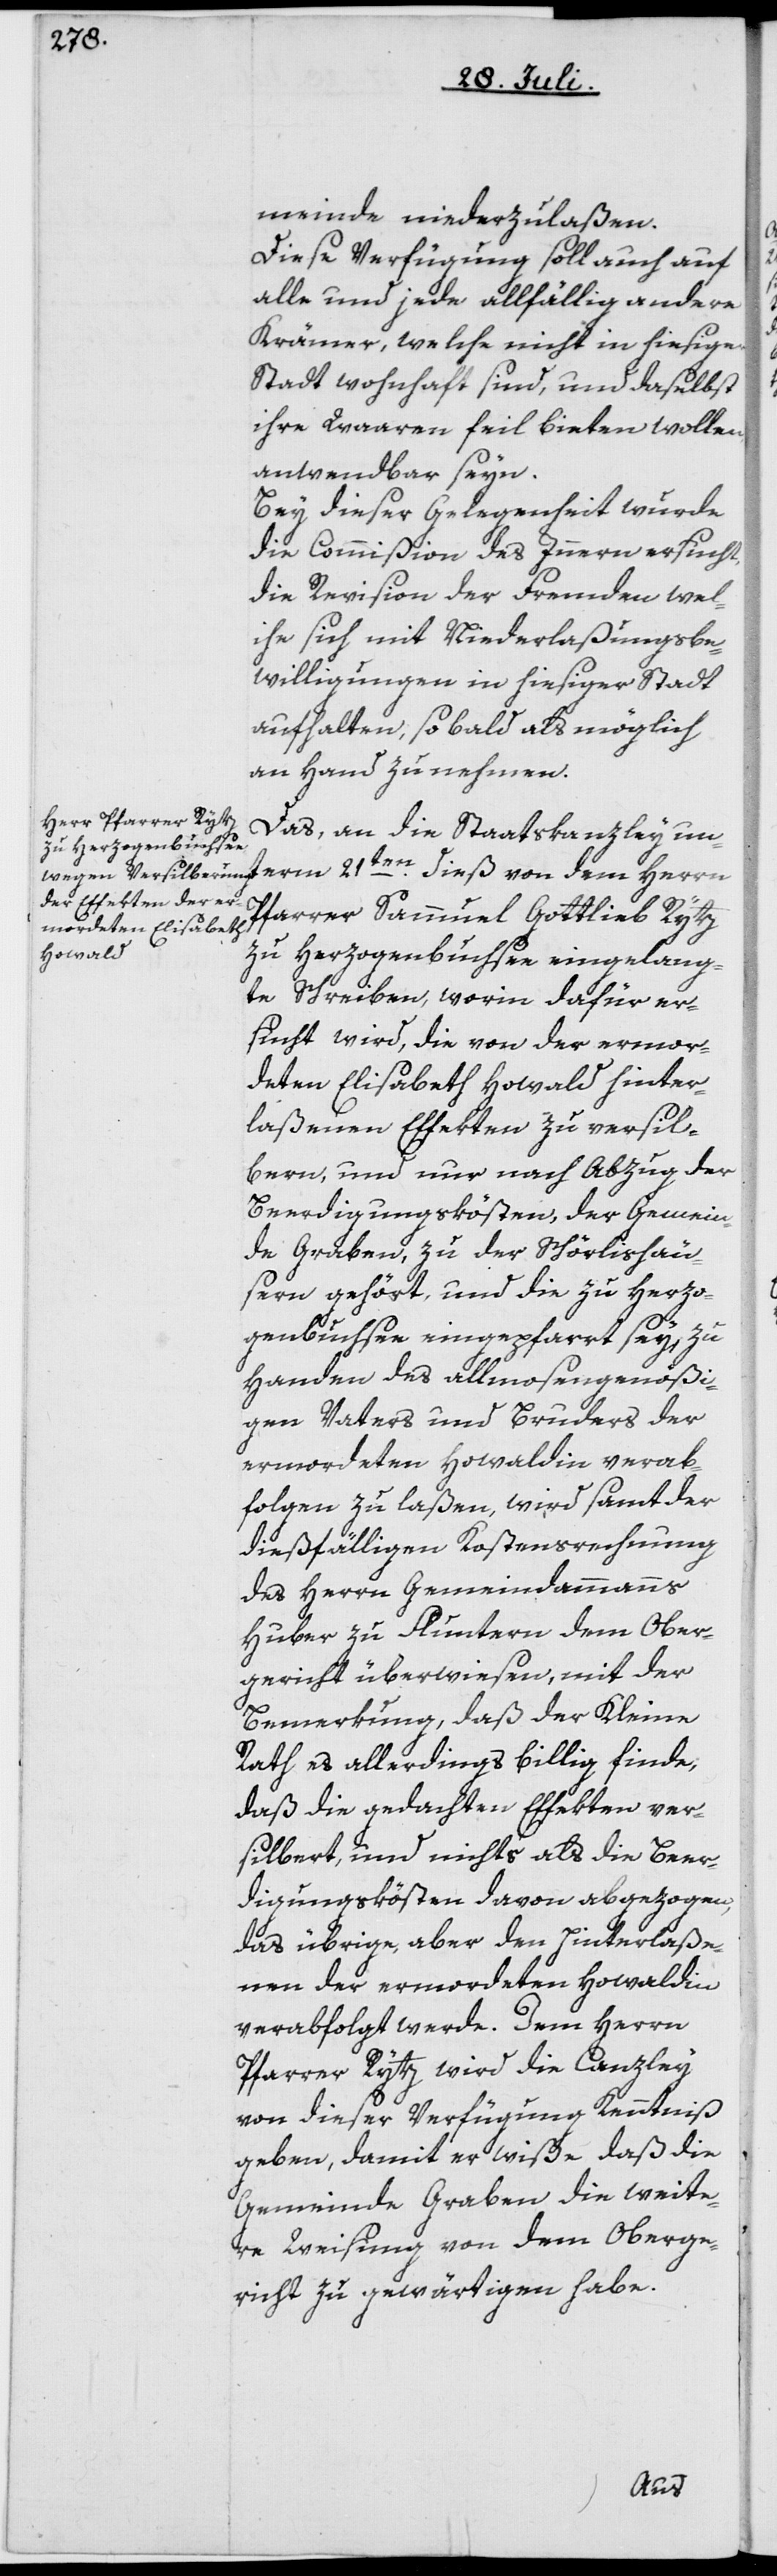
meinde niederzulaßen.
Diese Verfügung soll auch auf
alle und jede allfällig andere
Krämer, welche nicht in hiesiger
Stadt wohnhaft sind, und daselbst
ihre Waaren feil bieten wollen,
anwendbar seyn.
Bey dieser Gelegenheit wurde
die Commißion des Innern ersucht,
die Revision der Fremden wel¬
che sich mit Niederlaßungsbe¬
willigungen in hiesiger Stadt
aufhalten, so bald als möglich
an Hand zu nehmen.
Das, an die Staatskanzley un¬
Pfarrer Sammuel Gottlieb Rytz
zu Herzogenbuchsee eingelang¬
te Schreiben, worin dafür er¬
sucht wird, die von der ermor¬
deten Elisabeth Howald hinter¬
laßenen Effekten zu versil¬
bern, und nur nach Abzug der
Beerdigungskösten, der Gemein¬
de Graben, zu der Schörlishäu¬
sern gehört, und die zu Herzo¬
genbuchsee eingepfarrt sey, zu
Handen des allmosengenößi¬
gen Vaters und Bruders der
ermordeten Howaldin verab¬
folgen zu laßen, wird samt der
dießfälligen Kostensrechnung
des Herrn Gemeindammanns
Huber zu Fluntern dem Ober¬
gericht überwiesen, mit der
Bemerkung, daß der Kleine
Rath es allerdings billig finde,
daß die gedachten Effekten ver¬
silbert, und nichts als die Beer¬
digungskösten davon abgezogen,
das übrige aber den Hinterlaße¬
nen der ermordeten Howaldin
verabfolgt werde. Dem Herrn
Pfarrer Rytz wird die Canzley
von dieser Verfügung Kenntniß
geben, damit er wiße, daß die
Gemeinde Graben die weite¬
re Weisung von dem Oberge¬
richt zu gewärtigen habe.
term